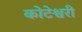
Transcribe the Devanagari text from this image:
कोटेश्वरी